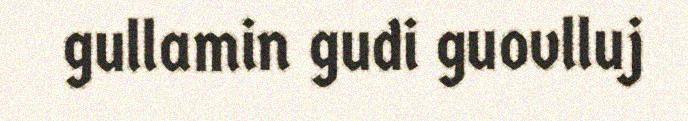
gullamin gudi guovlluj